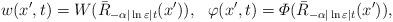
LaTeX: \begin{align*}w(x',t)=W(\bar{R}_{-\alpha|\ln\varepsilon| t}(x')),\ \ \varphi(x',t)=\varPhi(\bar{R}_{-\alpha|\ln\varepsilon| t}(x')),\end{align*}